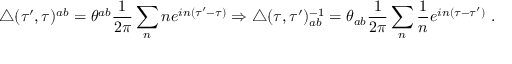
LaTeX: \triangle ( \tau ^ { \prime } , \tau ) ^ { a b } = \theta ^ { a b } \frac { 1 } { 2 \pi } \sum _ { n } n e ^ { i n ( \tau ^ { \prime } - \tau ) } \Rightarrow \triangle ( \tau , \tau ^ { \prime } ) _ { a b } ^ { - 1 } = \theta _ { a b } \frac { 1 } { 2 \pi } \sum _ { n } \frac { 1 } { n } e ^ { i n ( \tau - \tau ^ { \prime } ) } \ .